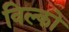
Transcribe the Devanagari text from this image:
विल्को